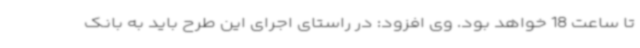
تا ساعت 18 خواهد بود. وی افزود: در راستای اجرای این طرح باید به بانک